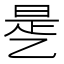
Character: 𰁉